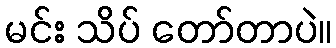
မင်း သိပ် တော်တာပဲ။